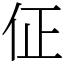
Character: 佂